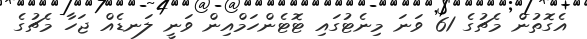
އެގޮތުން މެޗުގެ 61 ވަނަ މިނެޓުގައި ޓޮޓެންހަމްއިން ވަނީ ލަނޑެއް ޖަހާ މެޗުގެ